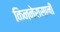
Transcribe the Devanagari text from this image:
किन्नेरासानी